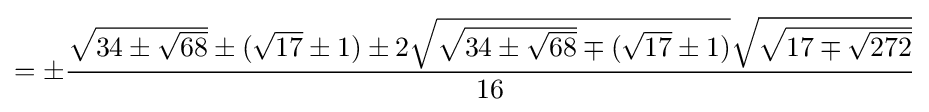
=\pm {\frac {{\sqrt {34\pm {\sqrt {68}}}}\pm ({\sqrt {17}}\pm 1)\pm 2{\sqrt {{\sqrt {34\pm {\sqrt {68}}}}\mp ({\sqrt {17}}\pm 1)}}{\sqrt {\sqrt {17\mp {\sqrt {272}}}}}}{16}}